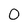
Character: 0